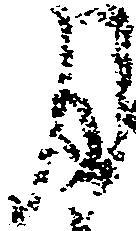
月